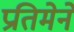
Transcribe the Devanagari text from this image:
प्रतिमेने